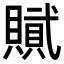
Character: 𮚞